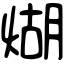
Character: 煳